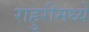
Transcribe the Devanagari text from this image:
राहुरीमध्ये